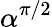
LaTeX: \alpha^{\pi/2}